Civil Veterinary Dept. Bombay admin report 1932-41 - 1932-1941
Year: 1932
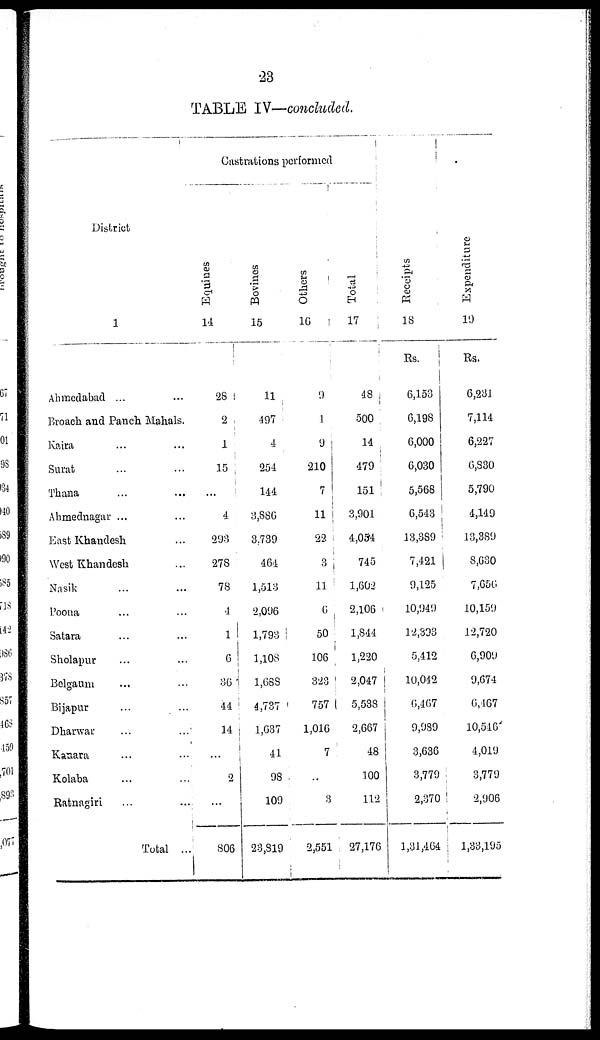
23
TABLE IV—concluded.
District
1
Ahmedabad ...
Broach and Panch Mahals.
Kaira ... ...
Surat ... ...
Thana ... ...
Ahmednagar ... ...
East Khandesh ... ...
West Khandesh ...
Nasik ... ...
Poona ... ...
Satara ... ...
Sholapur ... ...
Belgaum ... ...
Bijapur
...
...
Dharwar
...
...
Kanara ... ...
Kolaba ... ...
Ratnagiri
...
...
Total ...
Castrations performed
Equines
14
28
2
1
15
...
4
298
278
78
4
1
6
36
44
14
...
2
...
806
Bovines
15
11
497
4
254
144
3,886
3,739
464
1,513
2,096
1,793
1,108
1,688
4,737
1,637
41
98
109
23,819
Others
16
9
1
9
210
7
11
22
3
11
6
50
106
323
757
1,016
7
...
3
2,551
Total
17
48
500
14
479
151
3,901
4,054
745
1,602
2,106
1,844
1,220
2,047
5,538
2,667
48
100
112
27,176
Recei pt s
18
Rs.
6,153
6,198
6,000
6,030
5,568
6,543
13,8S9
7,421
9,125
10,949
12,393
5,412
10,042
0,467
9,989
3,636
3,779
2,370
1,31,464
Expenditure
19
Rs.
6,231
7,114
6,227
6,830
5,790
4,149
13,389
8,630
7,656
10,159
12,720
6,909
9,674
6,467
10,546
4,019
3,779
2,906
1,33,195